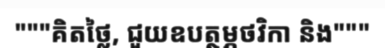
"""គិតថ្លៃ, ជួយឧបត្ថម្ភថវិកា និង"""